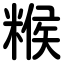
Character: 糇